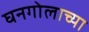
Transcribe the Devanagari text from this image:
घनगोलाच्या